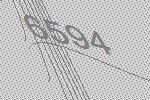
6594